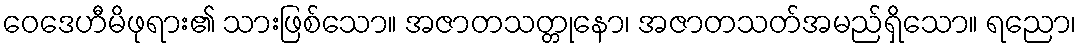
ဝေဒေဟီမိဖုရား၏ သားဖြစ်သော။ အဇာတသတ္တုနော၊ အဇာတသတ်အမည်ရှိသော။ ရညော၊